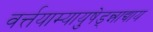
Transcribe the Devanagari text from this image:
वर्त्तयाम्यायुषेड्न्नाद्याय